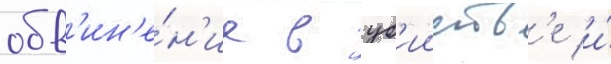
обв'ин'е́н'ие в уб'ииств'е и́